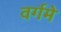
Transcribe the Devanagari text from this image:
वर्गमे